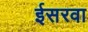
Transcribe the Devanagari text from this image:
ईसरवा